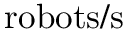
\mathrm { r o b o t s } / \mathrm { s }